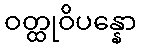
ဝတ္ထုဝိပန္နော